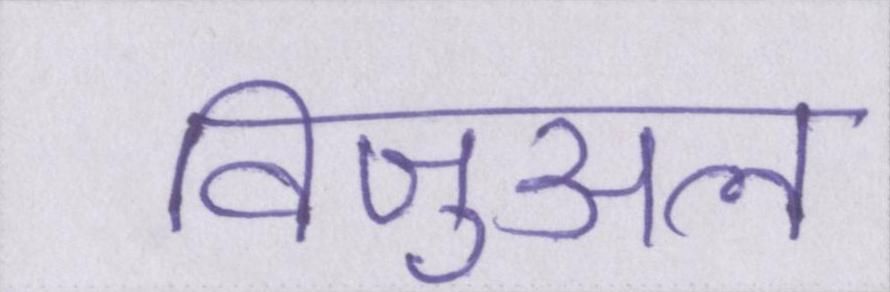
विजुअल